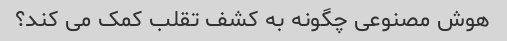
هوش مصنوعی چگونه به کشف تقلب کمک می کند؟